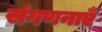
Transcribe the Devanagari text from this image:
संगणनाएँ